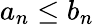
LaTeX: a_{n}\leq b_{n}